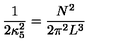
\frac { 1 } { 2 \kappa _ { 5 } ^ { 2 } } = \frac { N ^ { 2 } } { 2 \pi ^ { 2 } L ^ { 3 } }